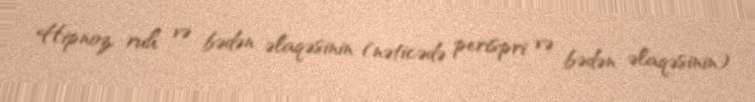
Hipnoz, ruh və bədən əlaqəsinin (nəticədə perispri və bədən əlaqəsinin)